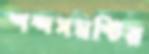
শব্দসমষ্টির